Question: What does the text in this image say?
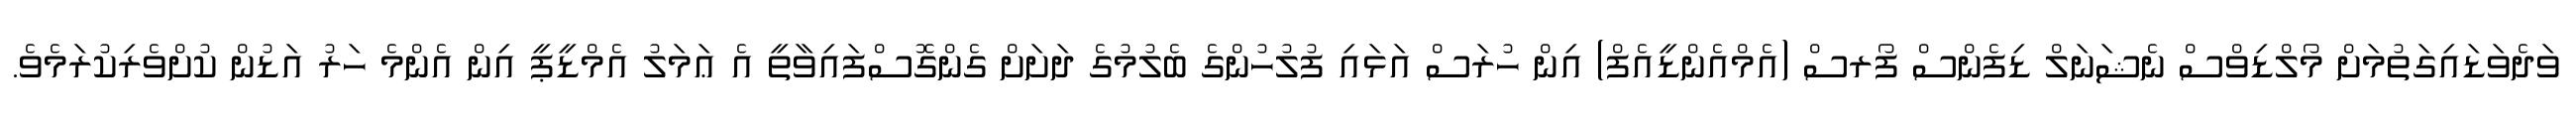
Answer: ވަދެވަޑައިގަތުމަށް މޯލްޑިވްސް ނެޝަނަލް ޑިފެންސް ފޯރސް (އެމްއެންޑީއެފް) އިން ހުރަސް އަޅައި ފުލުހުންގެ ބެލުމުގެ ދަށަށް ގެންގޮސްފައިވާތީ އެ ޢަމަލު އެމްޑީޕީ އިން އެންމެ ހަރު އަޑުން ކުށްވެރިކުރަމެވެ.